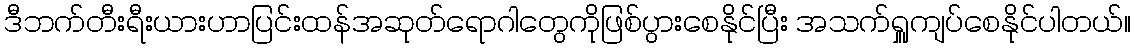
ဒီဘက်တီးရီးယားဟာပြင်းထန်အဆုတ်ရောဂါတွေကိုဖြစ်ပွားစေနိုင်ပြီး အသက်ရှူကျပ်စေနိုင်ပါတယ်။